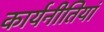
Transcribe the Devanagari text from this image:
कार्यनीतियां